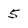
Character: 5